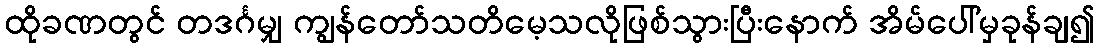
ထိုခဏတွင် တဒင်္ဂမျှ ကျွန်တော်သတိမေ့သလိုဖြစ်သွားပြီးနောက် အိမ်ပေါ်မှခုန်ချ၍